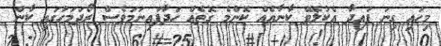
މިހައި ގިނަ ފައިދާ އެކުލެވޭ ކާނާއެއް ކޮންމެ ގޮތެއް ހަދާފައިނަމަވެސް ރޯދަމަހުގައި ކާން